Annual report of the Civil Veterinary Department, Bengal, and of the Bengal Veterinary College for the year 1905-1906 - 1905-1906
Year: 1905
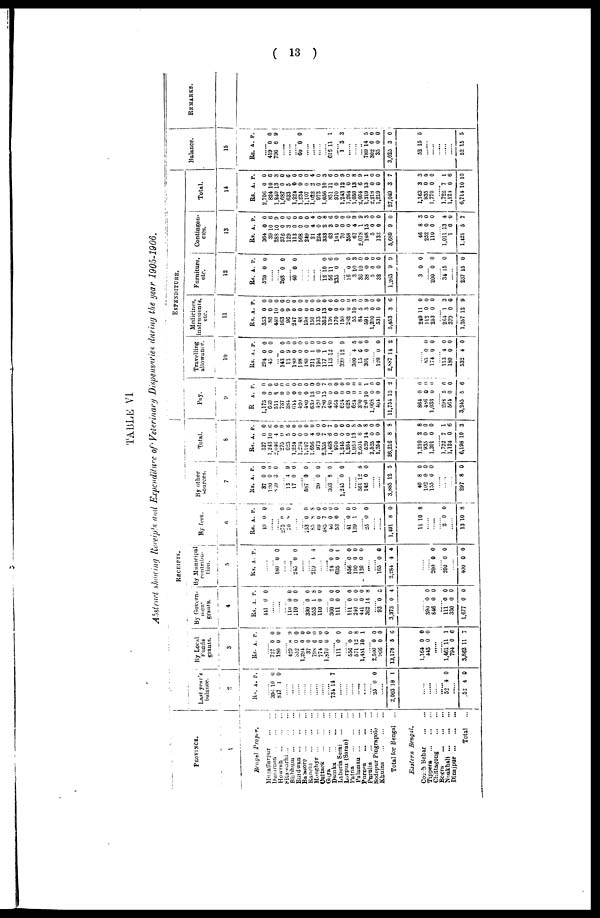
(13)
TABLE VI
Abstract showing Receipt and Expenditure of Veterinary Dispensaries during the year 1905-1906.
PROVINCE.
1
Bengal
Proper.
Muzaffarpur
...
...
Dumraon ... ... ...
Howrah ... ... ...
Sitamarni
...
...
...
Bubhum
...
...
...
Burdwan ... ... ...
Balasore
...
...
...
Ranehi
...
...
...
Monghyr
...
...
...
Cattack
...
...
...
Gaya
...
...
...
Durnka ... ... ...
Laheria Serai ... ...
Lurpur (Saran) ...
Patna ... ... ...
Palaman ... ... ...
Purnea ... ... ...
Purulia
...
...
...
Sodepur Pingrapole ...
Khulna
...
...
...
Total for Bengal
...
Eastern
Bengal.
Corch Behar ... ...
Tippera ... ... ...
Chittagong ... ...
Bogra
...
...
...
Noakhali
...
...
...
Dinajpur
...
...
...
Total ...
RECEIPTS.
Last year's
balance.
2
Rs. A. P.
......
394 10 6
847 1 9
......
......
......
......
......
......
......
......
......
......
......
......
......
......
...... ......
25 0 0
......
2,003 19 1
......
......
...... ......
52 4 0
......
52 4 0
By Local
Funds
grants.
3
Rs. A. P.
......
......
727 0 0
130 0 0
...... 429 8 9
852 0 0
......
37 0 0
798 6 0
......
1 870 0 0
......
......
......
556 0 0
571 12 8
1,451 10 1
......
......
2,500 0 0
966 0 0
13,178 5 0
1 164 0 0
443 0 0
......
1,461 11 1
794 0 6
3,862 11 7
By Govern-
ment
grants.
4
Rs. A. P.
441 0 0
...... ......
...... 110 0 0
110 0 0
...... 330 0 0
553 1 8
110 0 0
...... 300 0 0
111 0 0
...... 111 0 0
240 0 0
411 0 0
362 14 8
......
93 0 0
3,373 0 4
......
390 0 0
846 0 0
111 0 0
330 0 0
1,677 0 0
By Municipal
contribu-
tion.
5
Rs. A. P.
......
...... 180 0 0
......
...... 245 0 0
......
...... 219 4 4
......
...... 24 0 0
695 0 0
...... 556 0 0
100 0 0
120 0 0
......
......
165 0 0
2,284 4 4
......
...... 200 0 0
200 0 0
......
400 0 0
By fees.
6
Rs. A. P.
49 0 0
......
...... 275 0 0
70 8 0
......
...... 153 0 0
85 8 8
69 0 0
485 7 0
46 0 0
53 0 0
...... 41 0 0
139 1 0
...... 25 0 0
......
...... 1,491 8 0
11 10 8
......
......
......
2 0 0
......
13 10 8
By other
sources.
7
Rs. A. P.
37 0 0
120 0 0
869 3 0
...... 13 4 9
17 0 0
...... 587 9 0
......
20 0 0
...... 303 8 0
...... 1,245 0 0
......
...... 561 12 8
142 0 0
......
...... 3,885 12 5
40 8 0
102 0 0
155 0 0
......
......
...... 297 8 0
Total.
8
Rs. A. P.
527 0 0
1,243 10 0
2,046 4 0
275 0 0
623 5 6
1,224 0 0
1,294 0 0
1,107 0 0
1,656 4 0
973 0 0
2,355 7 0
1,468 6 7
970 0 0
1,245 0 0
1,264 0 0
1,050 13 8
2.604 6 9
529 14 8
2,525 0 0
1,254 0 0
26,216 8 8
1,210 2 8
935 0 0
1,201 0 0
......
1,722 7 1
1,124 0 6
6,198 10 3
EXPENDITURE.
9
R A. P.
1,175 0 0
660 0 0
511 8 6
737 0 0
384 0 0
644 0 0
420 0 0
480 0 0
639 13 0
420 0 0
780 15 7
480 0 0
464 0 0
624 0 0
628 0 0
624 0 0
390 0 0
280 10 1
1,008 0 0
404 0 0
11,754 15 2
864 0 0
486 0 0
1,033 0 0
......
293 5 6
561 0 0
3,245 5 6
Travelling
allowance.
10
Rs. A. P.
294 0 0
45 0 0
...... 143 0 0
13 9 0
180 0 0
198 0 0
180 0 0
211 1 0
196 0 0
177 1 0
113 12 0
...... 399 12 9
...... 300 4 5
15 6 0
301 0 0
......
120 0 0
2,887 14 2
...... 85 0 0
174 0 0
......
113 4 0
180 0 0
532 4 0
Medicines,
instruments,
etc.
11
Rs. A. P.
353 0 0
80 0 0
449 10 0
163 0 0
96 9 0
247 0 0
48 0 0
198 0 0
150 0 0
133 0 0
352 13 0
138 0 6
170 0 0
150 0 0
262 0 0
55 10 3
84 5 0
591 3 9
1,200 0 0
531 0 0
5,453 3 6
249 11 0
112 0 0
253 0 0
......
264 1 3
379 0 6
1,257 12 9
Furniture,
etc.
12
Rs. A. P.
520 0 0
......
...... 268 0 0
...... 40 0 0
......
......
......
...... 12 10 0
56 11 6
235 0 0
...... 16 0 0
3 10 3
36 10 0
38 0 0
5 0 0
32 0 0
1,263 9 9
3 0 0
...... 200 0 0
......
34 15 0
......
237 15 0
Contingen-
cies.
13
Rs. A. P.
364 0 0
39 10 6
288 10 9
376 0 0
129 3 6
113 0 0
568 0 0
249 0 0
21 4 4
224 0 0
333 2 8
63 3 6
101 0 0
70 0 0
358 0 0
67 4 9
2,078 1 9
108 15 3
5 0 0
132 0 0
5,689 9 0
46 8 3
252 0 0
110 0 0
......
1,011 13 4
1 0 0
1.421 5 7
Total.
14
Rs. A, P.
2,706 0 0
824 10 6
1,249 13 3
1,687 0 0
623 5 6
1,224 0 0
1,234 0 0
1,107 0 0
1,022 2 4
973 0 0
1,656 10 3
851 11 6
970 0 0
1,243 12 9
1,264 0 0
1,050 13 8
2,604 6 9
1,319 13 1
2,218 0 0
1,219 0 0
27,049 3 7
1,163 3 3
935 0 0
1,770 0 0
......
1.722 7 1
1,124 0 6
6,714 10 10
Balance.
15
Rs. A. P.
......
419 0 0
796 6 9
......
......
...... 60 0 0
......
...... ......
...... 616 11 1
...... 1 3 3
......
......
...... 789 14 5
302 0 0
35 0 0
3,025 3 6
52 15 5
......
......
......
......
......
52 15 5
REMARKS.